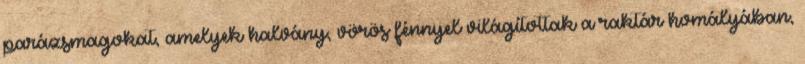
parázsmagokat, amelyek halvány, vörös fénnyel világítottak a raktár homályában,